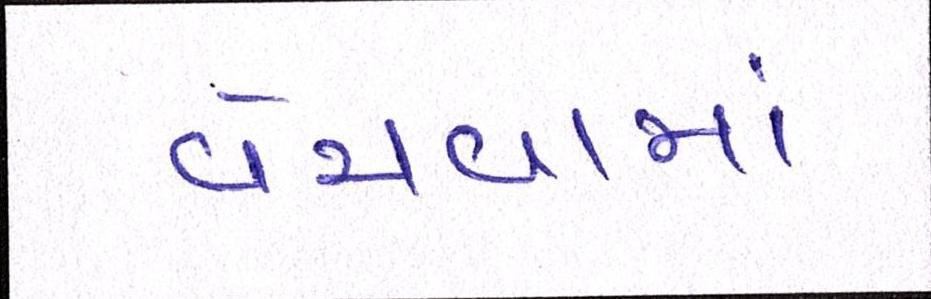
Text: વેચવામાં